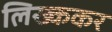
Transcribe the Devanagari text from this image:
लिख्ककर